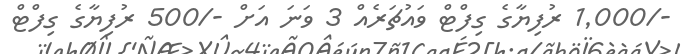
-/1